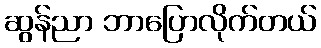
ဆွန်ညာ ဘာပြောလိုက်တယ်